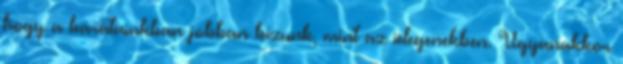
hogy a barátainkban jobban bízunk, mint az idegenekben. Ugyanakkor